Annual report on the working of the lock hospitals in the Central Provinces
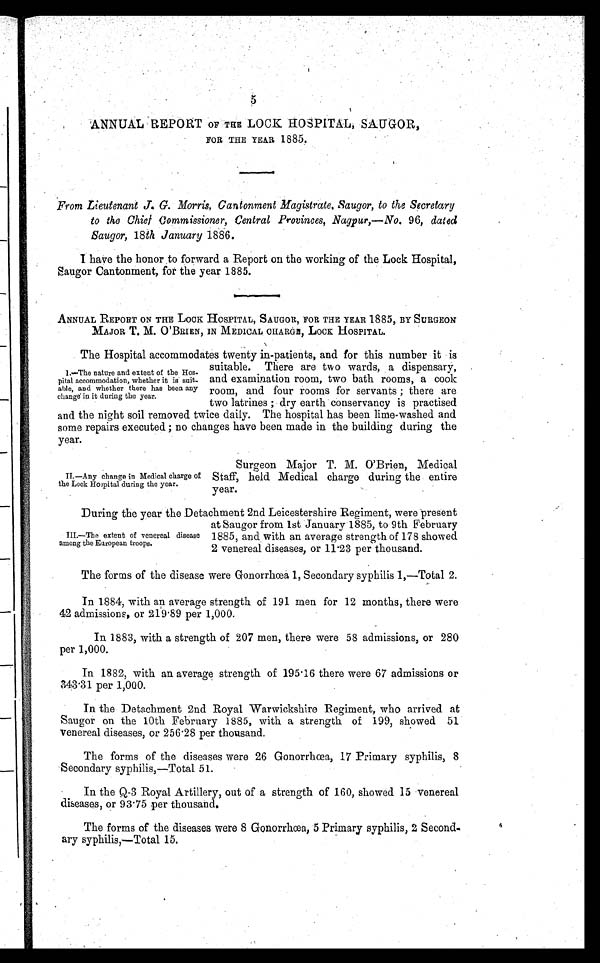
5
ANNUAL REPORT OF THE LOCK HOSPITAL, SAUGOR,
FOR THE YEAR, 1885.
From Lieutenant J. G. Morris, Cantonment Magistrate, Saugor, to the Secretary
to the Chief Commissioner, central Provinces, Nagpur, —No. 96, dated
Saugor, 18th January 1886.
I have the honor . to forward a Report on the working of the Lock Hospital,
Saugor Cantonment, for the year 1885.
ANNUAL REPORT ON THE LOCK HOSPITAL, SAUGOR, FOR THE YEAR 1885, BY SURGEON
MAJOR T. M. O ' BRIEN, IN MEDICAL CHARGE, LOCK HOSPITAL.
The Hospital accommodates twenty in-patients, and for this number it is
suitable. There are two wards, a dispensary,
and examination room, two bath rooms, a cook
room, and four rooms for servants ; there are
two latrines ; dry earth conservancy is practised
and the night soil removed twice daily. The hospital has been lime-washed and
some repairs executed ; no changes have been made in. the building during the
year.
1. —The nature and extent of the Hos
pital accommodation, whether it is suit
able, and whether there has been any
change in it during the year.
II.—Any change in Medical charge of
the Lock Hospital during the year.
Surgeon Major T. M. O'Brien, Medical
Staff, held Medical charge during the entire
year.
During the year the Detachment 2nd Leicestershire Regiment, were present
at Saugor from 1st January 1885, to 9th February
1885, and with an average strength of 178 showed
2 venereal diseases, or 11 .23 per thousand.
III.—The extent of venereal disease
among the European troops.
The forms of the disease were Gonorrhœa 1, Secondary syphilis 1,—Total 2.
In 1884, with an average strength of 191 men for 12 months, there were
42 admissions, or 219 . 89 per 1,000.
In 1883, with a strength of 207 men, there were 58 admissions, or 280
per 1,000.
In 1882, with an average strength of 195 . 16 there were 67 admissions or
343 .31 per 1,000.
In the Detachment 2nd Royal Warwickshire Regiment, who arrived at
Saugor on the 10th February 1885, with a strength of 199, showed 51
venereal diseases, or 256 .28 per thousand.
The forms of the diseases were 26 Gonorrhœa, 17 Primary syphilis, 8
Secondary syphilis,—Total 51.
In the Q-3 Royal Artillery, out of a strength of 160, showed 15 venereal
diseases, or 93 . 75 per thousand.
The forms of the diseases were 8 Gonorrhœa, 5 Primary syphilis, 2 Second.
ary syphilis,—Total 15,